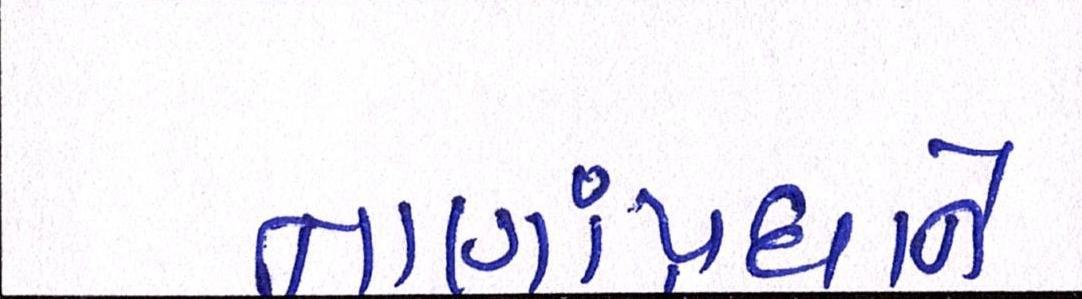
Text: નાણાંપ્રધાને